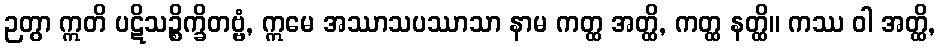
ဉတွာ ဣတိ ပဋိသဉ္စိက္ခိတဗ္ဗံ, ဣမေ အဿာသပဿာသာ နာမ ကတ္ထ အတ္ထိ, ကတ္ထ နတ္ထိ။ ကဿ ဝါ အတ္ထိ,